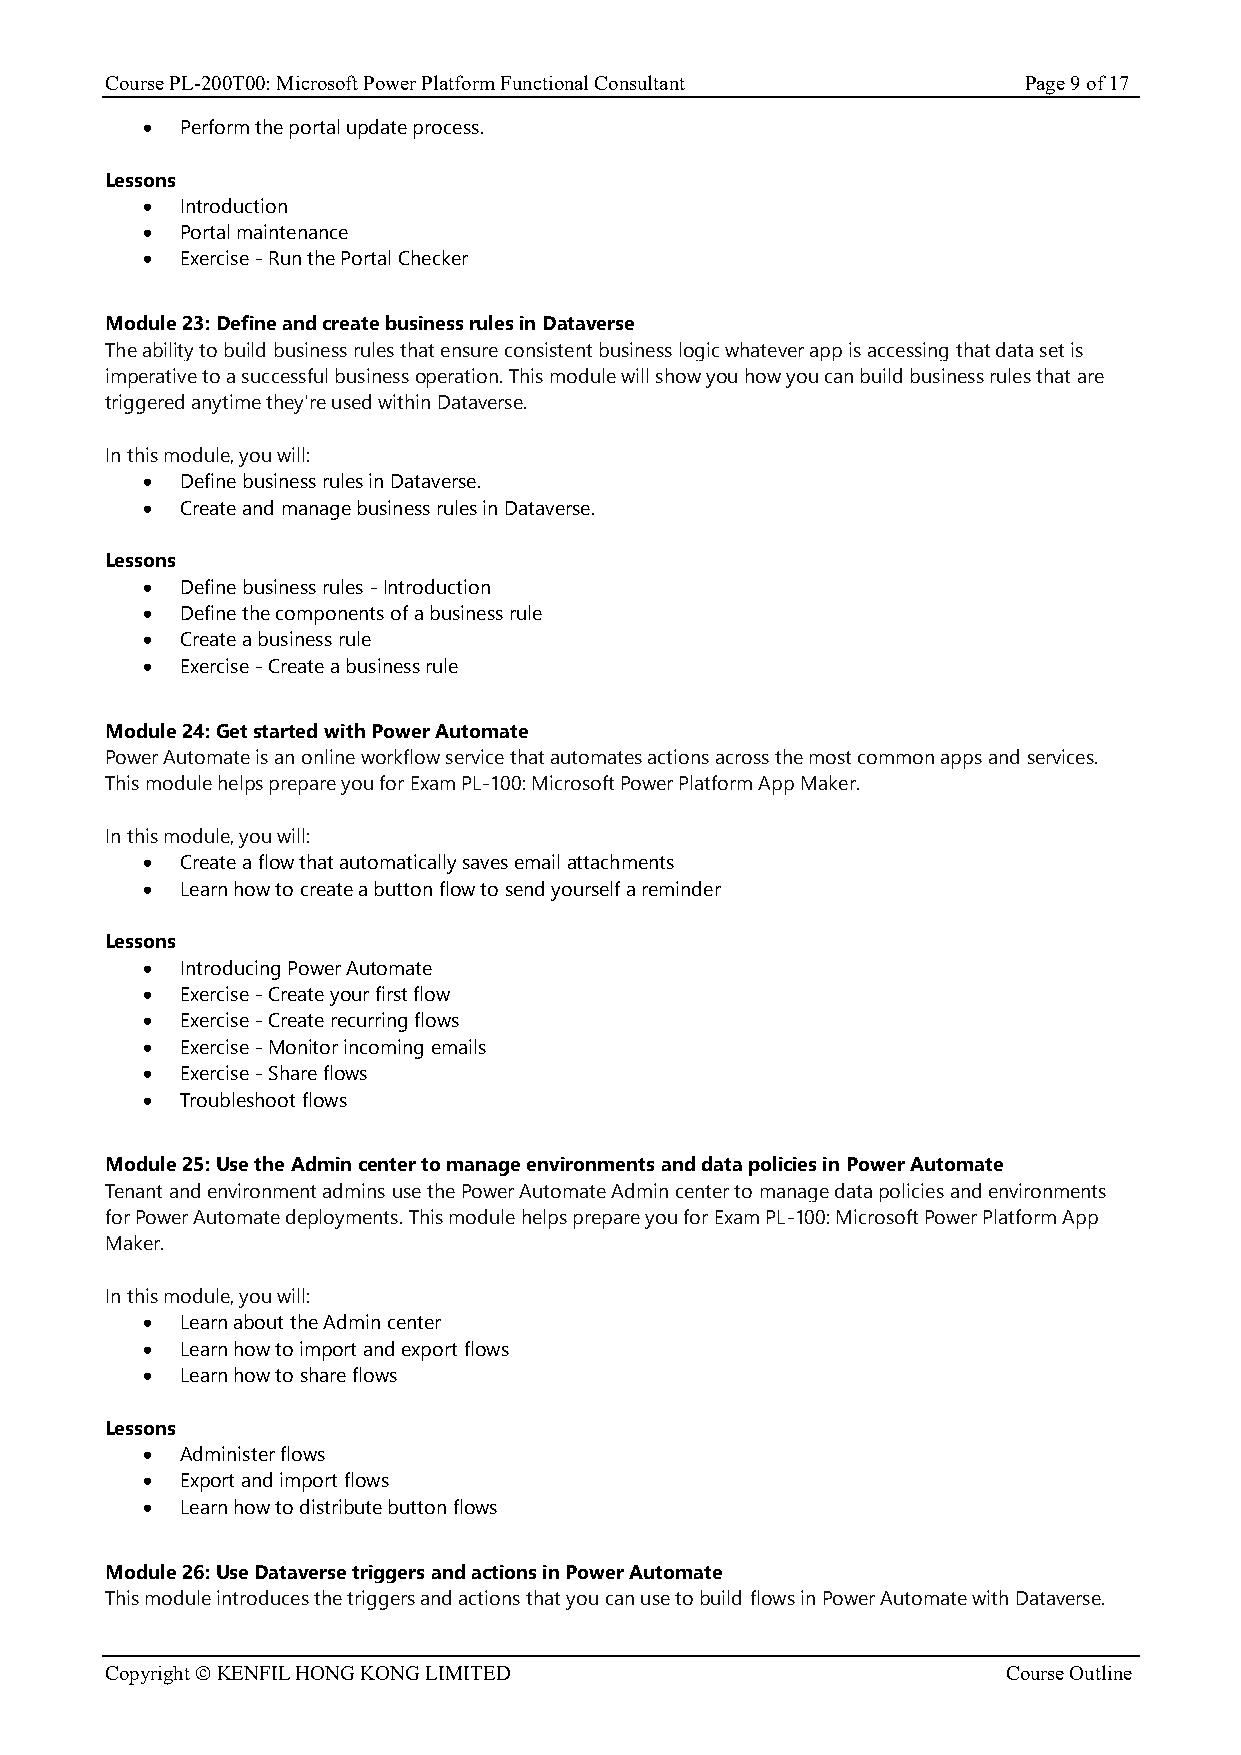
Course PL-200T00: Microsoft Power Platform Functional Consultant Page 9 of 17
 •  Perform the portal update process.
 Lessons
 •  Introduction
 •  Portal maintenance
 •  Exercise - Run the Portal Checker
 Module 23: Define and create business rules in Dataverse
 The ability to build business rules that ensure consistent business logic whatever app is accessing that data set is
 imperative to a successful business operation. This module will show you how you can build business rules that are
 triggered anytime they're used within Dataverse.
 In this module, you will:
 •  Define business rules in Dataverse.
 •  Create and manage business rules in Dataverse.
 Lessons
 •  Define business rules - Introduction
 •  Define the components of a business rule
 •  Create a business rule
 •  Exercise - Create a business rule
 Module 24: Get started with Power Automate
 Power Automate is an online workflow service that automates actions across the most common apps and services.
 This module helps prepare you for Exam PL-100: Microsoft Power Platform App Maker.
 In this module, you will:
 •  Create a flow that automatically saves email attachments
 •  Learn how to create a button flow to send yourself a reminder
 Lessons
 •  Introducing Power Automate
 •  Exercise - Create your first flow
 •  Exercise - Create recurring flows
 •  Exercise - Monitor incoming emails
 •  Exercise - Share flows
 •  Troubleshoot flows
 Module 25: Use the Admin center to manage environments and data policies in Power Automate
 Tenant and environment admins use the Power Automate Admin center to manage data policies and environments
 for Power Automate deployments. This module helps prepare you for Exam PL-100: Microsoft Power Platform App
 Maker.
 In this module, you will:
 •  Learn about the Admin center
 •  Learn how to import and export flows
 •  Learn how to share flows
 Lessons
 •  Administer flows
 •  Export and import flows
 •  Learn how to distribute button flows
 Module 26: Use Dataverse triggers and actions in Power Automate
 This module introduces the triggers and actions that you can use to build flows in Power Automate with Dataverse.
 Copyright © KENFIL HONG KONG LIMITED                        Course Outline